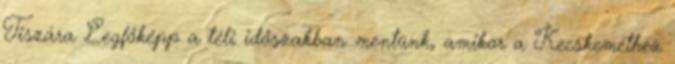
Tiszára Legfőképp a téli időszakban mentünk, amikor a Kecskeméthez